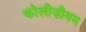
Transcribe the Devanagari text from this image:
कोलीज़ीयम